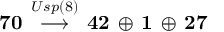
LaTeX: { \bf 7 0 } \, \stackrel { U s p ( 8 ) } { \longrightarrow } \, { \bf 4 2 } \, \oplus \, { \bf 1 } \, \oplus \, { \bf 2 7 }